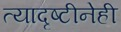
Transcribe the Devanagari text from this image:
त्यादृष्टीनेही